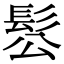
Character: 䯳